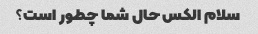
سلام الکس حال شما چطور است؟